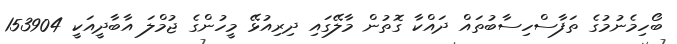
ބޯހިމެނުމުގެ ތަފާސްހިސާބުތައް ދައްކާ ގޮތުން މާލޭގައި ދިރިއުޅޭ މީހުންގެ ޖުމްލަ އާބާދީއަކީ 153904